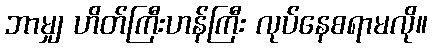
ဘာမျှ ဟိတ်ကြီးဟန်ကြီး လုပ်နေစရာမလို။